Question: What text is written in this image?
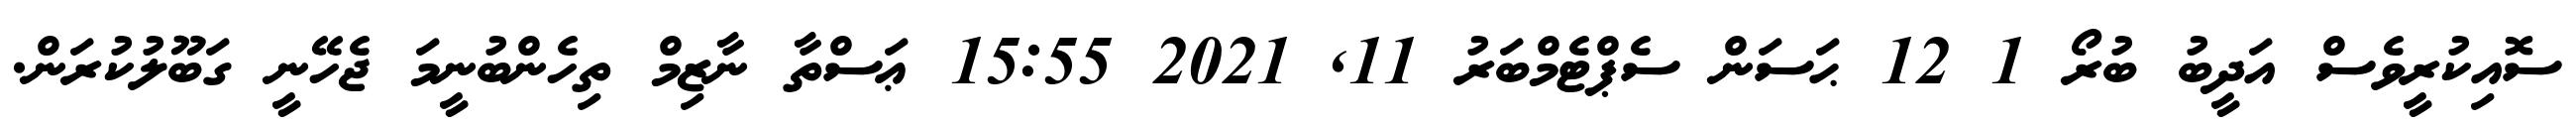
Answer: ސޮއިކުރީވެސް އަދީބު ބުރޯ 1 12 ޙަސަން ސެޕްޓެމްބަރު 11, 2021 15:55 ޢަސްތާ ނާޒިމް ތިހެންބުނީމަ ޖެހޭނީ ގަބޫލުކުރަން.